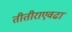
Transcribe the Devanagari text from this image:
तीतीराएवढा